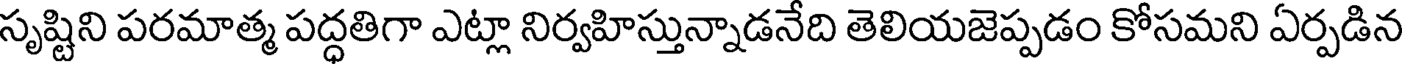
సృష్టిని పరమాత్మ పద్ధతిగా ఎట్లా నిర్వహిస్తున్నాడనేది తెలియజెప్పడం కోసమని ఏర్పడిన